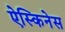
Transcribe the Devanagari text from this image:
ऐस्किनेस